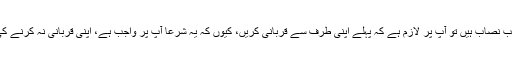
اگر آپ صاحبِ استطاعت یعنی صاحبِ نصاب ہیں تو آپ پر لازم ہے کہ پہلے اپنی طرف سے قربانی کریں، کیوں کہ یہ شرعاً آپ پر واجب ہے، اپنی قربانی نہ کرنے کی صورت میں آپ گناہ گار ہوں گے۔